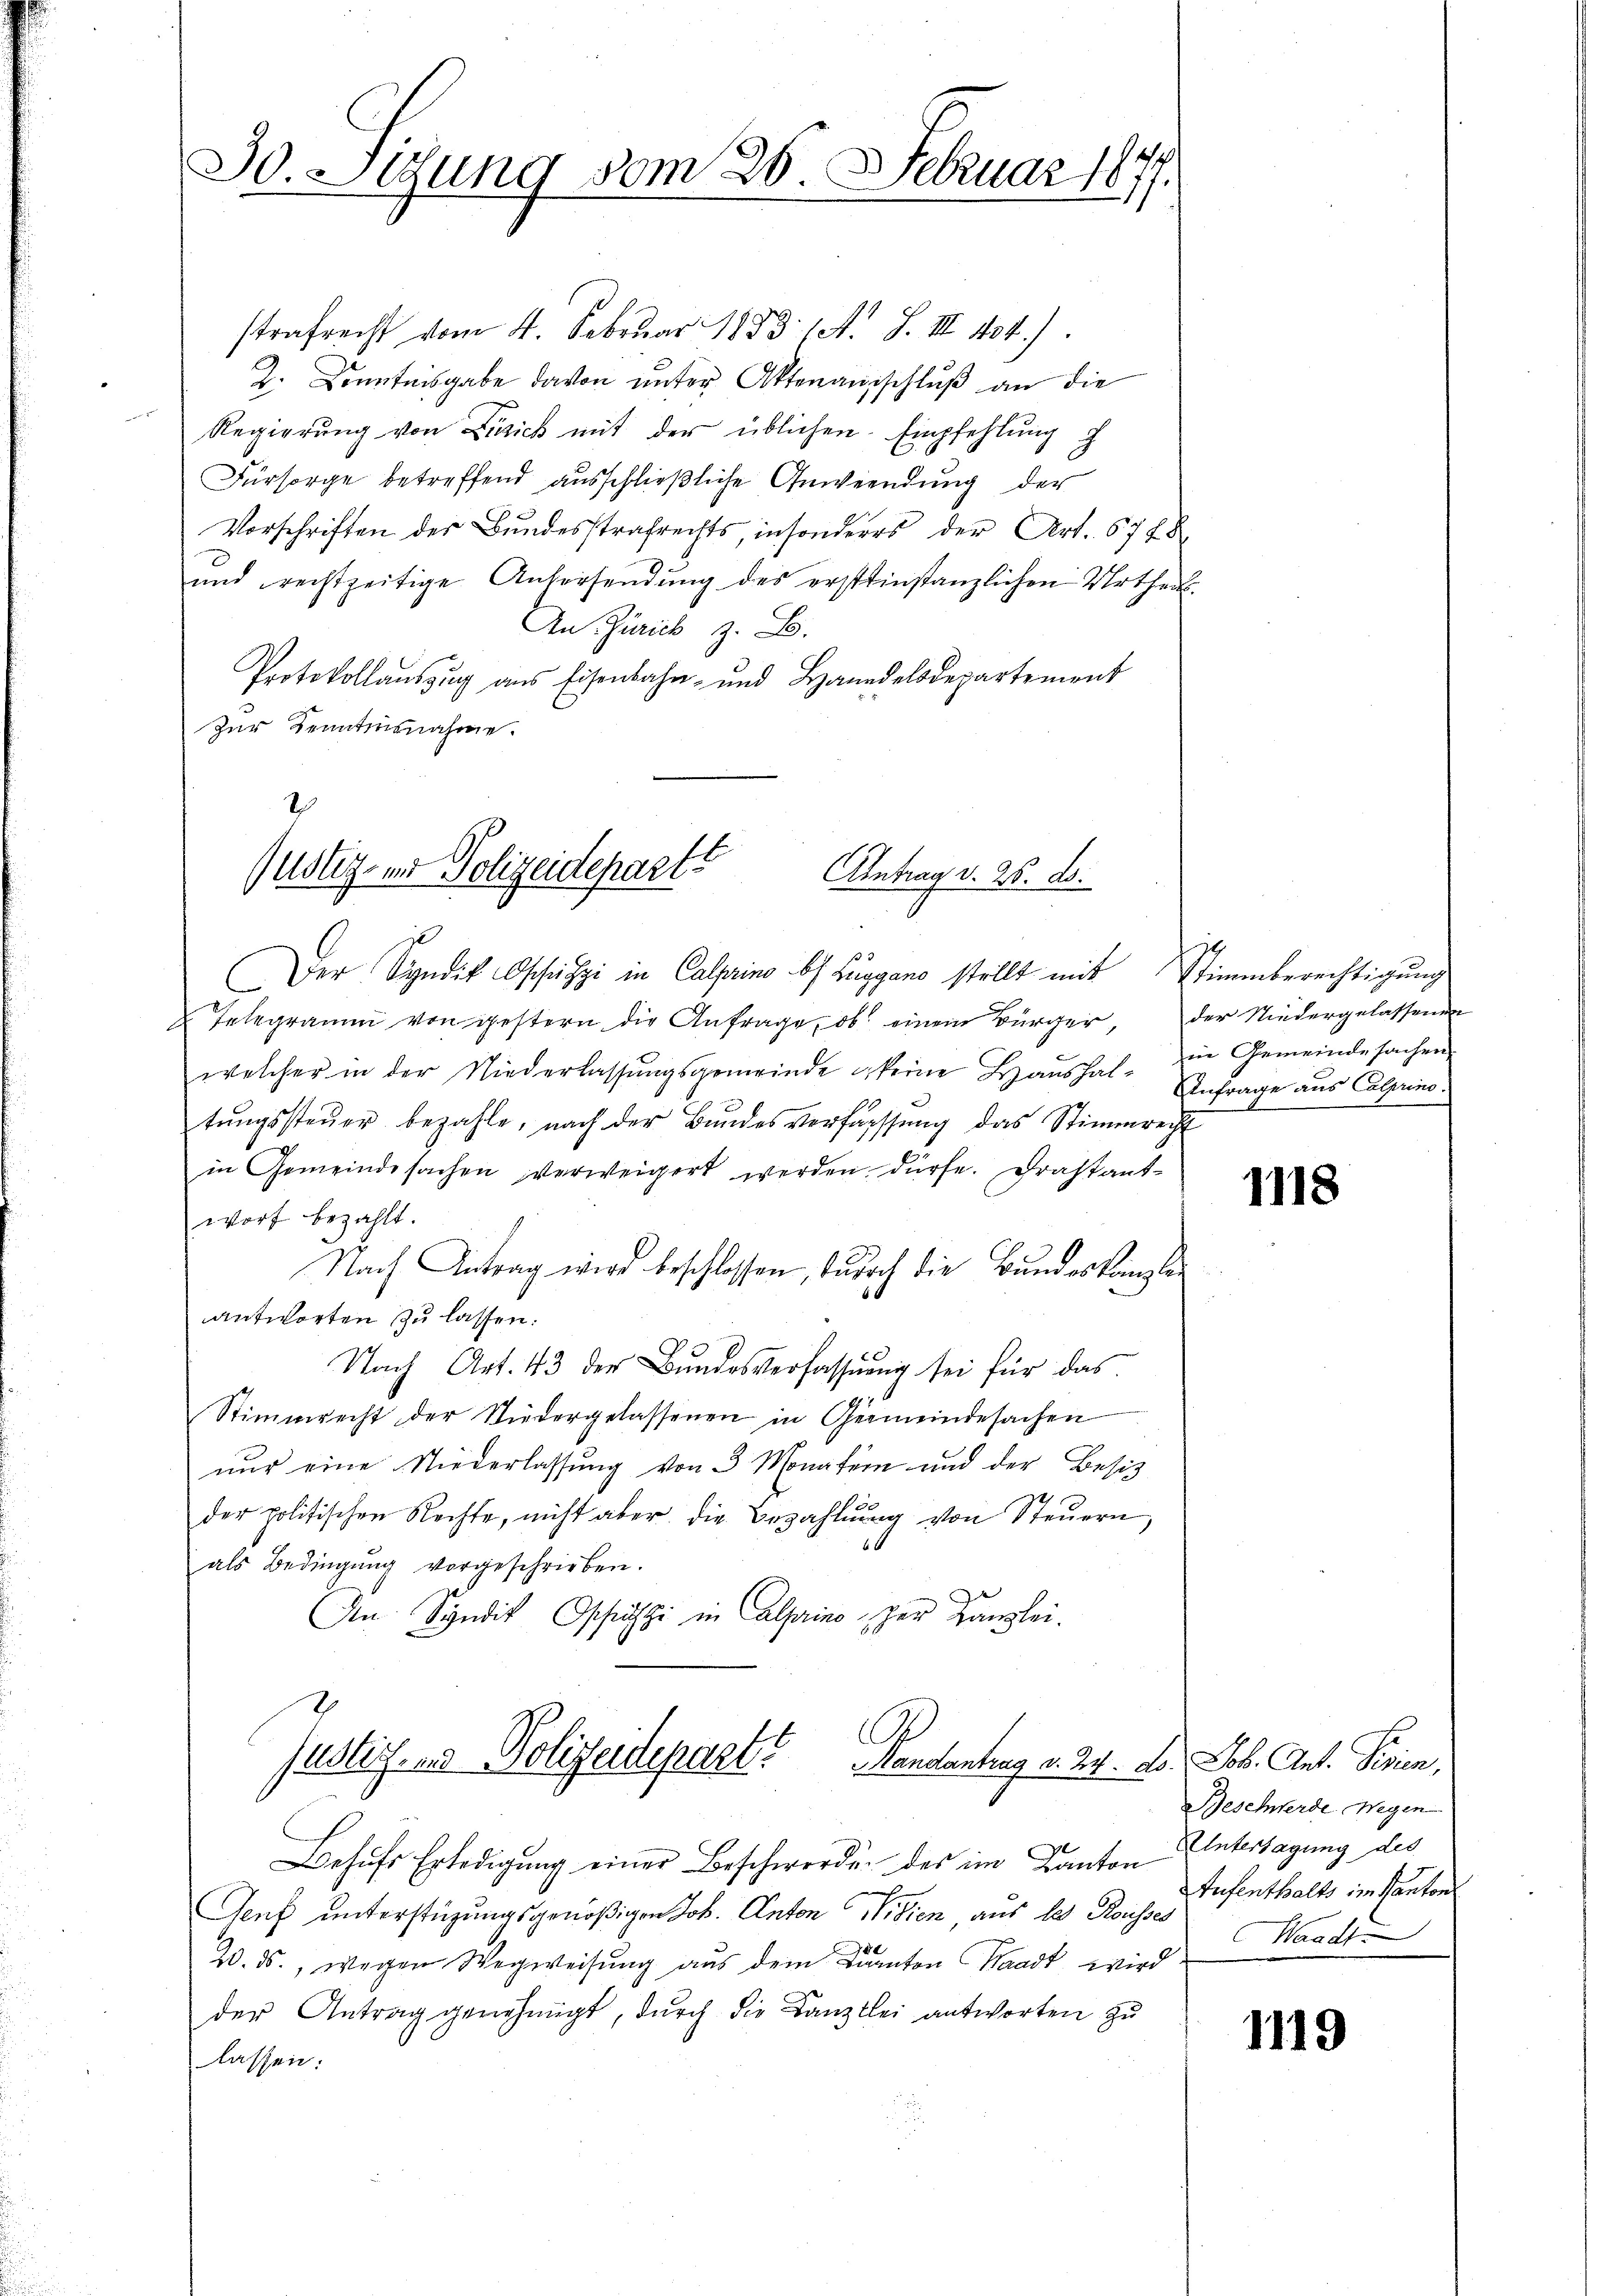
30. Sitzung vom 26. Februar 1877.

strafrecht vom 4. Februar 1853 (A. S. III 104.)
Z. Kenntnisgabe davon unter Aktenanschluß an die
Regierŭng von Zürich mit der üblichen Empfehlung
Fürsorge betreffend ausschließliche Anwendung der
Vorschriften der Bundesstrafrechts, insonderes der Art. 6748
und rechtzeitige Anhersendung des erstinstanzlichen Urtheils.
An Zürich z. B.
Protokollaŭszŭg aŭs Eisenbahn- und Handelsdepartement
Zur Kenntnisnahme.

2
Justiz- und Polizeidepart?
Antrag d. 26. d.
Der Syndik Oschitzi in Calprino bei Luggano stellt mit Stimmberechtigŭng

Telegramm von gestern die Anfrage, ob einem Bürger, der Niedergelassenen
welcher in der Niederlassŭngsgemeinde keine Haŭshal- zu Gemeindesachen
tŭngssteŭer bezahle, nach der Bŭndesverfassŭng das Stimmrecht
in Gemeindesachen verweigert werden dürfe. Drastant-
wort bezahlt.
Nach Antrag wird beschlossen, jedoch die Bundeskanzle
antworten zu lassen:
Nach Art. 43 der Bundesverfassung sei für das
Stimmrecht der Niedergelassenen in Gemeindesachen
nur eine Niederlassung von 3 Monaten und der Besitzder politischen Rechte, nicht aber die Bezahlŭng von Steŭern,
1
als Bedingŭng vorgeschrieben.
An Syndik Ospäszi in Alpaine zur Kanzlei.
.
Justich- und Polizeidepart. Mandantrag v. 27. d. Job. Ant. Linien,
Behŭfs Erledigung einer Beschwerde, der im Kanton Untersagung des
ß
Genf unterstüzungsgenößigen Joh. Anton Wissen, aus de Rousses
20. ds., wegen Wegweisŭng aŭs dem Kanton Waadt wird
der Antrag genehmigt, durch die Kanzlei antworten zu
lassen:

Anfrage aus Calprino.

1118

Beschwerde Wegen
Aufenthalts im Kanton
Waadt

1119